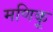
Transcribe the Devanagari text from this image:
मणिकू